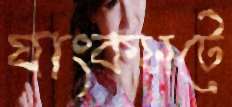
যাংকসটে